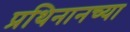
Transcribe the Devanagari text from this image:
प्रथिनानच्या